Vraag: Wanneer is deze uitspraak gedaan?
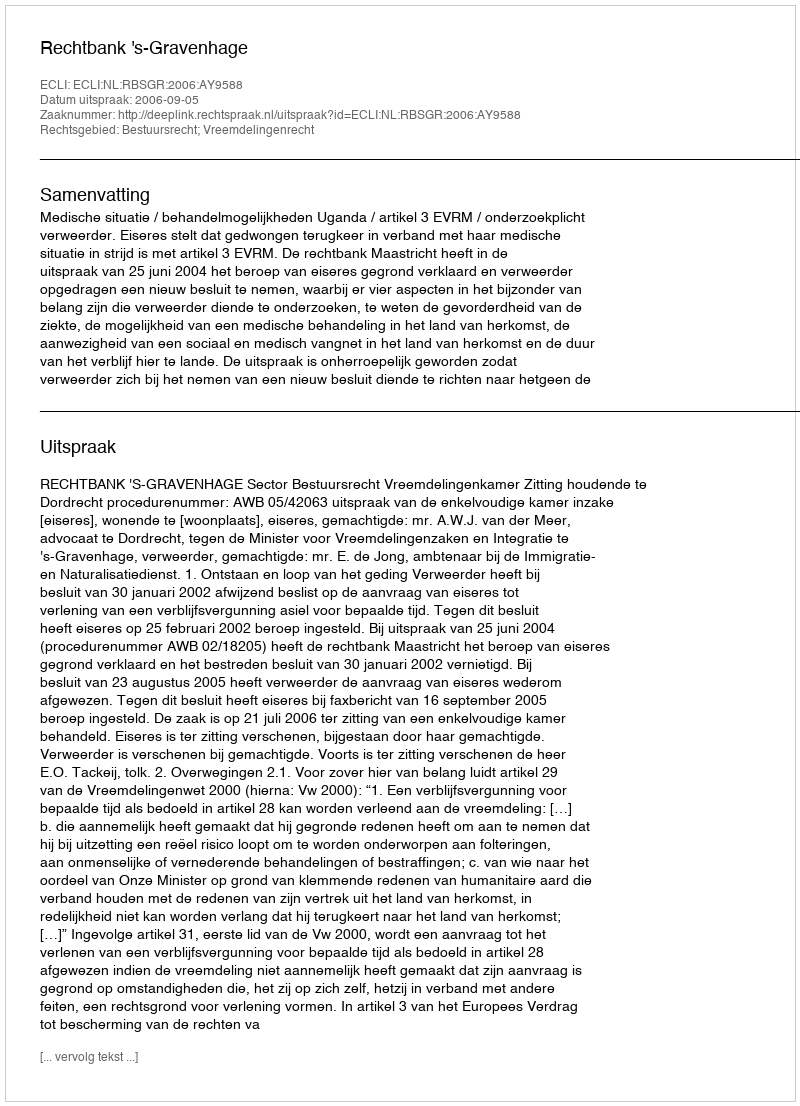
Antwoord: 2006-09-05